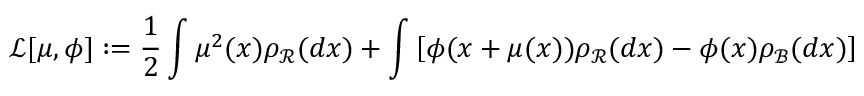
{ \mathcal L } [ \mu , \phi ] : = \frac { 1 } { 2 } \int \mu ^ { 2 } ( x ) \rho _ { \mathcal R } ( d x ) + \int \left[ \phi ( x + \mu ( x ) ) \rho _ { \mathcal R } ( d x ) - \phi ( x ) \rho _ { \mathcal B } ( d x ) \right]